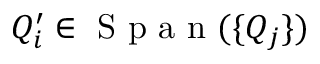
Q _ { i } ^ { \prime } \in \mathrm { ~ S ~ p ~ a ~ n ~ } ( \{ Q _ { j } \} )